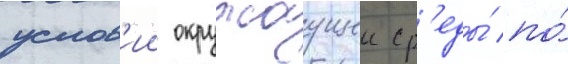
услов'ии окружаущеи ср'еды́ по́